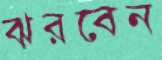
ঝরবেন